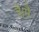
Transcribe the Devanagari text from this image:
है।मै